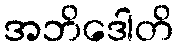
အဘိဒေါတိ